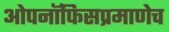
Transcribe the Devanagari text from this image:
ओपनॉफिसप्रमाणेच